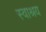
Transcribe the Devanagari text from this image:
स्वाश्रय